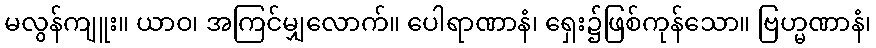
မလွန်ကျူး။ ယာဝ၊ အကြင်မျှလောက်။ ပေါရာဏာနံ၊ ရှေး၌ဖြစ်ကုန်သော။ ဗြဟ္မဏာနံ၊